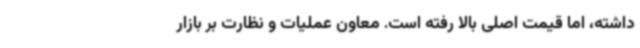
داشته، اما قیمت اصلی بالا رفته است. معاون عملیات و نظارت بر بازار